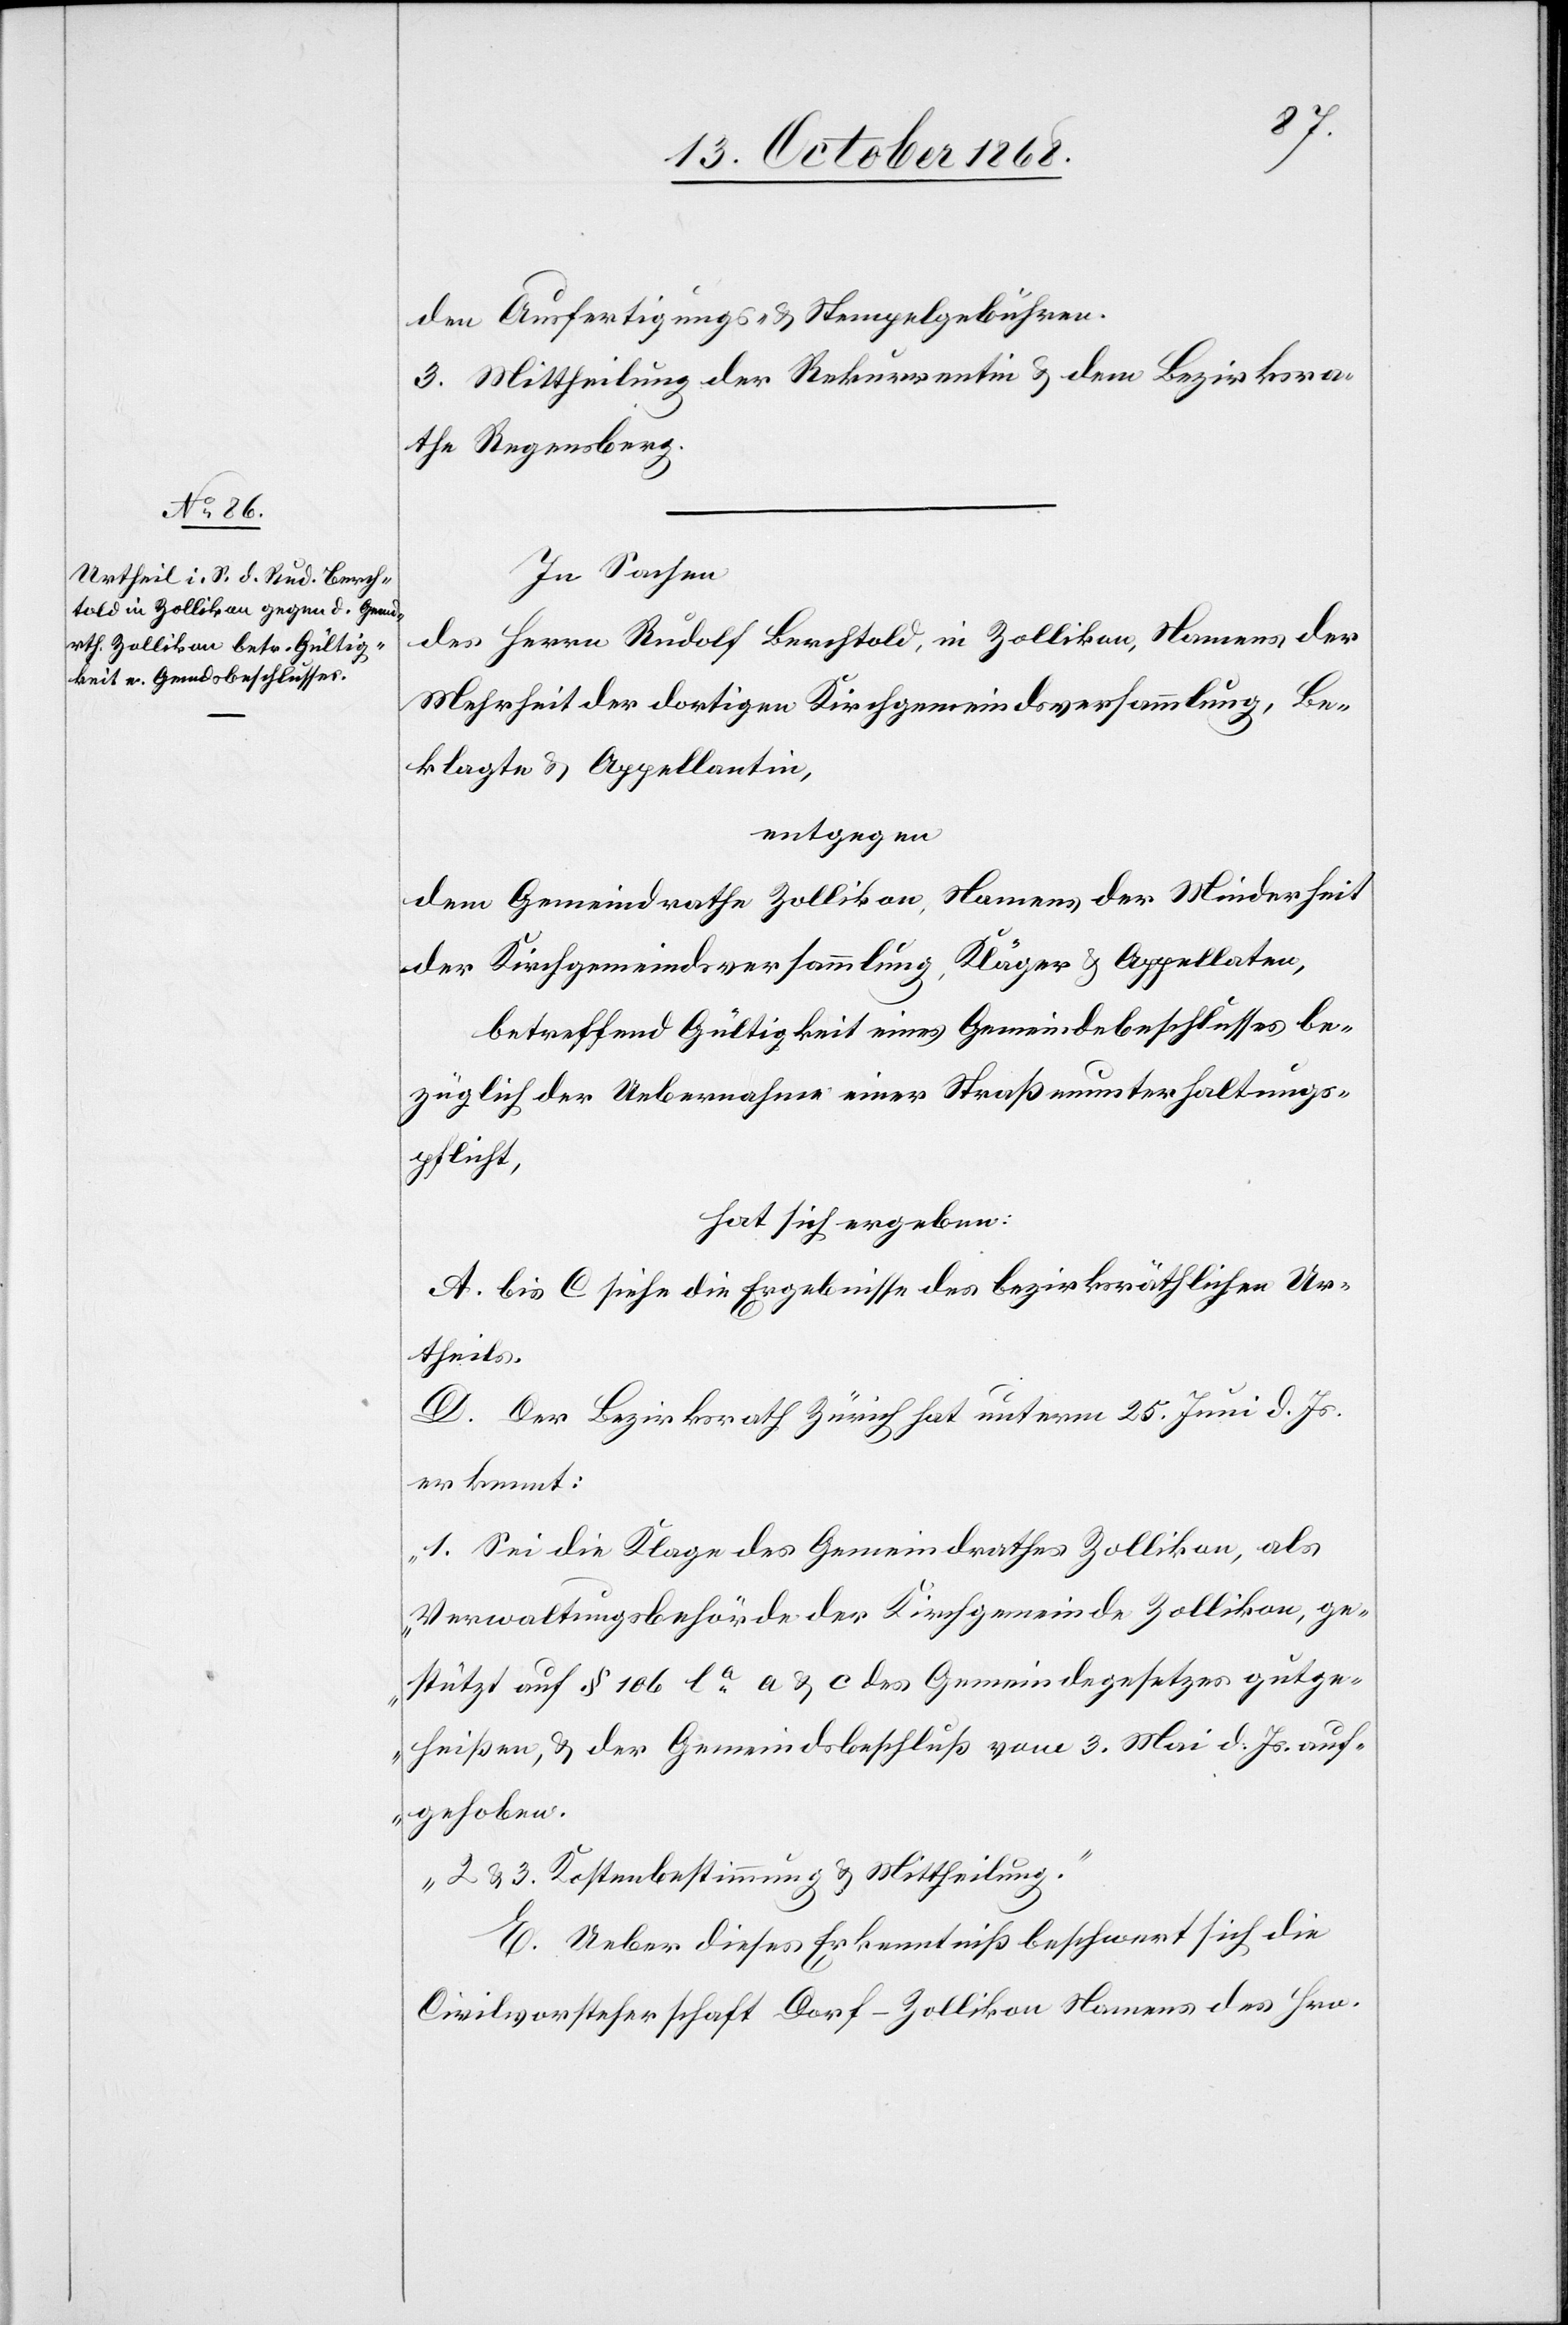
den Ausfertigungs- & Stempelgebühren.
3. Mittheilung der Rekurrentin & dem Bezirksra¬
the Regensberg.
In Sachen
des Herrn Rudolf Berchtold, in Zollikon, Namens der
Mehrheit der dortigen Kirchgemeindsversammlung, Be¬
klagte & Appellantin,
entgegen
dem Gemeindrathe Zollikon, Namens der Minderheit
der Kirchgemeindsversammlung, Kläger & Appellaten,
betreffend Gültigkeit eines Gemeindebeschlusses be¬
züglich der Uebernahme einer Straßenunterhaltungs¬
pflicht,
hat sich ergeben:
A. bis C siehe die Ergebnisse des bezirksräthlichen Ur¬
theils.
D. Der Bezirksrath Zürich hat unterm 25. Juni d. Js.
erkennt:
„1. Sei die Klage des Gemeindrathes Zollikon, als
Verwaltungsbehörde der Kirchgemeinde Zollikon, ge¬
stützt auf § 106 la a & c des Gemeindegesetzes gutge¬
heißen, & der Gemeindsbeschluß vom 3. Mai d. Js. auf¬
gehoben.
2 & 3. Kostenbestimmung & Mittheilung.“
E. Ueber dieses Erkenntniß beschwert sich die
Civilvorsteherschaft Dorf-Zollikon Namens des Hrn.